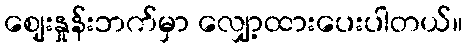
ဈေးနှုန်းဘက်မှာ လျှော့ထားပေးပါတယ်။